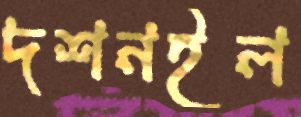
দশনইল